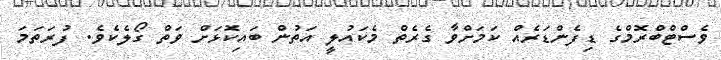
ވެސްޓްބްރޮމްގެ ޑިފެންޑަރެއް ކަމަށްވާ ގެރެތް މެކައުލީ އަތުން ބައިކޮޅަށް ވަތް ގޯލެކެވެ. ފުރަތަމަ